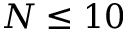
N \leq 1 0